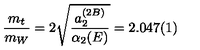
\frac { m _ { t } } { m _ { W } } = 2 \sqrt { \frac { a _ { 2 } ^ { ( 2 B ) } } { \alpha _ { 2 } ( E ) } } = 2 . 0 4 7 ( 1 )